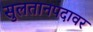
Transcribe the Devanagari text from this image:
सुलतानपदावर